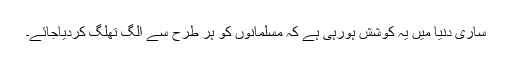
ساری دنیا میں یہ کوشش ہورہی ہے کہ مسلمانوں کو ہر طرح سے الگ تھلگ کردیاجائے۔